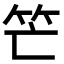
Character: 笀